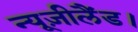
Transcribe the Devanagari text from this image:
न्यूज़ीलैंड।